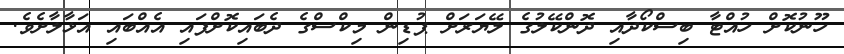
ހޫނުކޮށް ހުއްޓާ ބިސްކޯދާއި ދޮންކޭލުގެ ލޭޔަރަށް ޕުޑިން މިކްސްގެ ދެބައިކޮށްފައި އެއްބައި އަޅާލާށެވެ.